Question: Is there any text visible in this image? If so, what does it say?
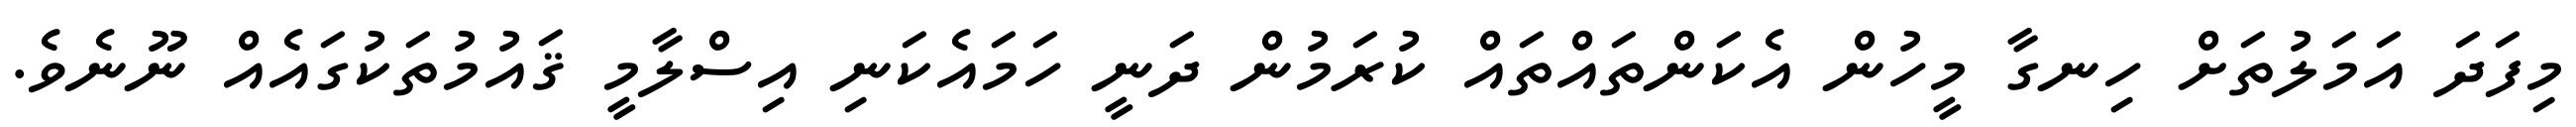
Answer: މިފަދަ އަމަލުތަށް ހިނގާ މީހުން އެކަންތައްތައް ކުރަމުން ދަނީ ހަމައެކަނި އިސްލާމީ ޤައުމުތަކުގައެއް ނޫނެވެ.